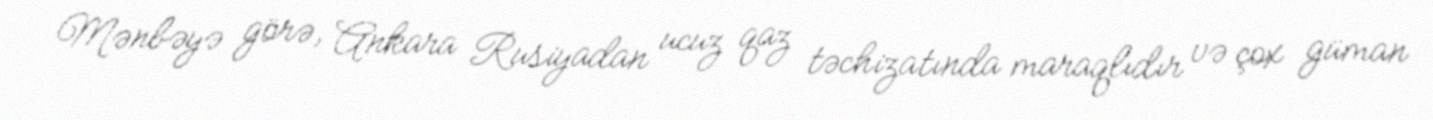
Mənbəyə görə, Ankara Rusiyadan ucuz qaz təchizatında maraqlıdır və çox güman